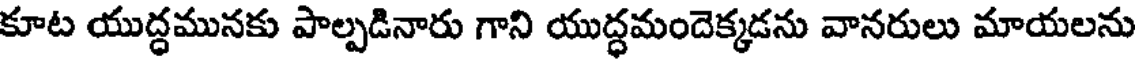
కూట యుద్ధమునకు పాల్పడినారు గాని యుద్ధమందెక్కడను వానరులు మాయలను